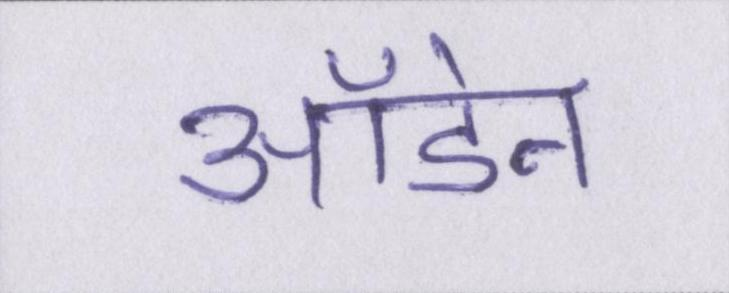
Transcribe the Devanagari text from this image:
ऑडेन